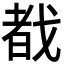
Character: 𫻷